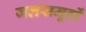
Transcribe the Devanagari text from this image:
जलसमूहों